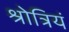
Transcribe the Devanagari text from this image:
श्रोत्रियं